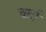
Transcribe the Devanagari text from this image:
चार्टा